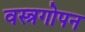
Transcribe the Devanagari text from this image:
वस्त्रगोपन